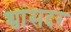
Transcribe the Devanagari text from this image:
श्वांसदर